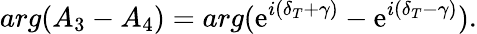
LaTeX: arg(A_{3}-A_{4})=arg(\mathrm{e}^{i(\delta_{T}+\gamma)}-\mathrm{e}^{i(\delta_{T}-\gamma)}).